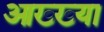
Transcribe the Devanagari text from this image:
आख्‍ख्या